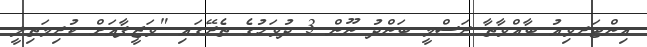
އިންޓަރވިއު ބާއްވާތާ ރަސްމީ ބަންދު ނޫން 3 ދުވަހުގެ ތެރޭގައި "ވަޒީފާއަށް ކުރިމަތިލީ